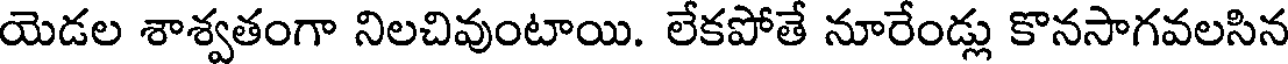
యెడల శాశ్వతంగా నిలచివుంటాయి. లేకపోతే నూరేండ్లు కొనసాగవలసిన